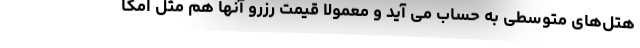
هتل‌های متوسطی به حساب می آید و معمولا قیمت رزرو آنها هم مثل امکا